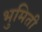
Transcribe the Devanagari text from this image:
भुमिती